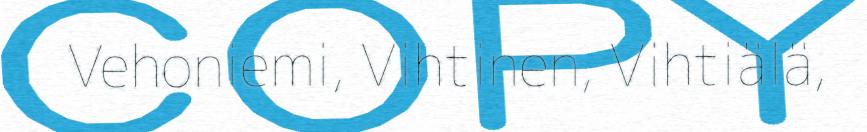
Vehoniemi, Vihtinen, Vihtiälä,